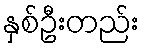
နှစ်ဦးတည်း